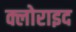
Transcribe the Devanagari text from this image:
क्लोराइद